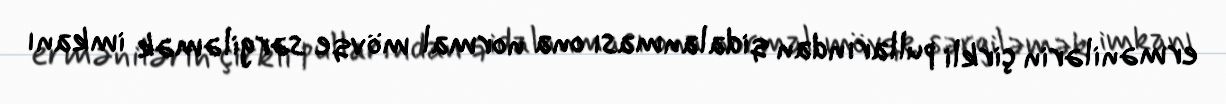
ermənilərin çirkli pullarından qidalanması ona normal mövqe sərgiləmək imkanı